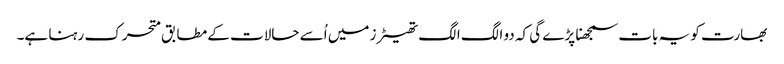
بھارت کو یہ بات سمجھنا پڑے گی کہ دو الگ الگ تھیٹرز میں اُسے حالات کے مطابق متحرک رہنا ہے۔